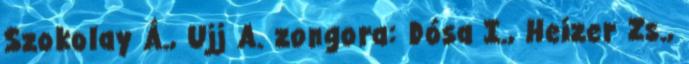
Szokolay Á., Ujj A. zongora: Dósa I., Heizer Zs.,